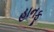
હાનફૂ